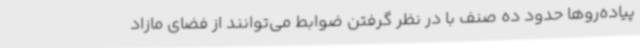
پیاده‌روها حدود ده صنف با در نظر گرفتن ضوابط می‌توانند از فضای مازاد